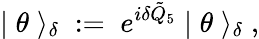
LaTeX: |\; \theta\; \rangle_{\delta}\; :=\; e^{i\delta\tilde{Q}_{5}}\; |\; \theta\; \rangle_{\delta}\; ,